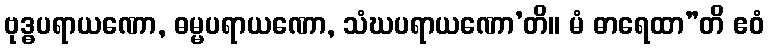
ဗုဒ္ဓပရာယဏော, ဓမ္မပရာယဏော, သံဃပရာယဏော’တိ။ မံ ဓာရေထာ”တိ ဧဝံ